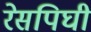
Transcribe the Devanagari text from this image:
रेसपिघी